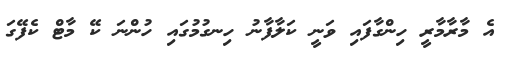
އެ މާރާމާރީ ހިންގާފައި ވަނީ ކަލާފާނު ހިނގުމުގައި ހުންނަ ކޭ މާޓް ކެފޭގަ